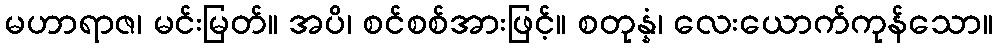
မဟာရာဇ၊ မင်းမြတ်။ အပိ၊ စင်စစ်အားဖြင့်။ စတုန္နံ၊ လေးယောက်ကုန်သော။